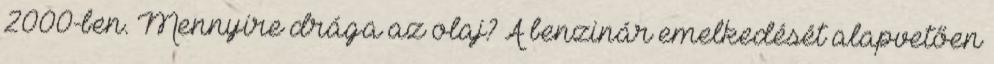
2000-ben. Mennyire drága az olaj? A benzinár emelkedését alapvetően